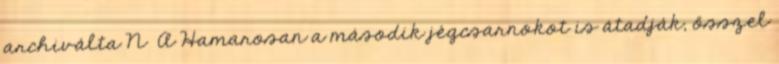
archiválta N A Hamarosan a második jégcsarnokot is átadják, ősszel